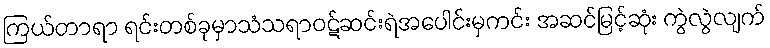
ကြယ်တာရာ ရင်းတစ်ခုမှာသံသရာဝဋ်ဆင်းရဲအပေါင်းမှကင်း အဆင်မြင့်ဆုံး ကွဲလွဲလျက်